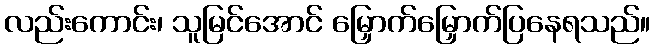
လည်းကောင်း၊ သူမြင်အောင် မြှောက်မြှောက်ပြနေရသည်။